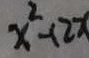
x ^ { 2 } - 1 2 x